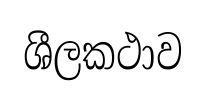
ශීලකථාව